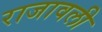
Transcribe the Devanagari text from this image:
राजावली